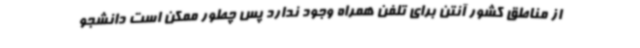
از مناطق کشور آنتن برای تلفن همراه وجود ندارد پس چطور ممکن است دانشجو